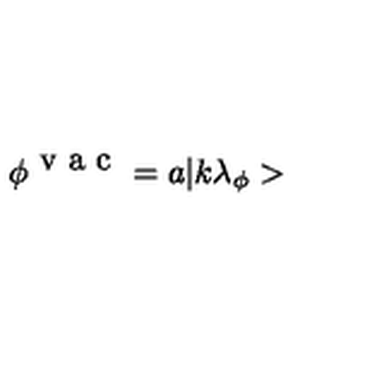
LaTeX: \phi ^ { \textrm { v a c } } = a | k \lambda _ { \phi } >